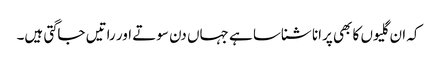
کہ ان گلیوں کا بھی پرانا شناسا ہے جہاں دن سوتے اور راتیں جاگتی ہیں۔